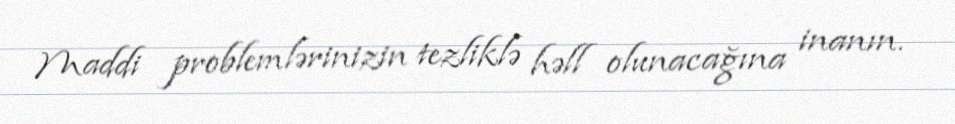
Maddi problemlərinizin tezliklə həll olunacağına inanın.